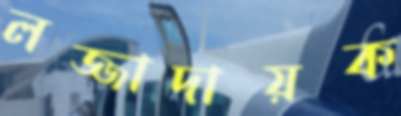
লজ্জাদায়ক